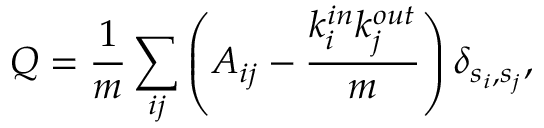
Q = \frac { 1 } { m } \sum _ { i j } \left( A _ { i j } - \frac { k _ { i } ^ { i n } k _ { j } ^ { o u t } } { m } \right) \delta _ { s _ { i } , s _ { j } } ,